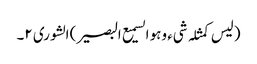
(لیس کمثلہ شیء وہو السمیع البصیر) الشوری ٢۔